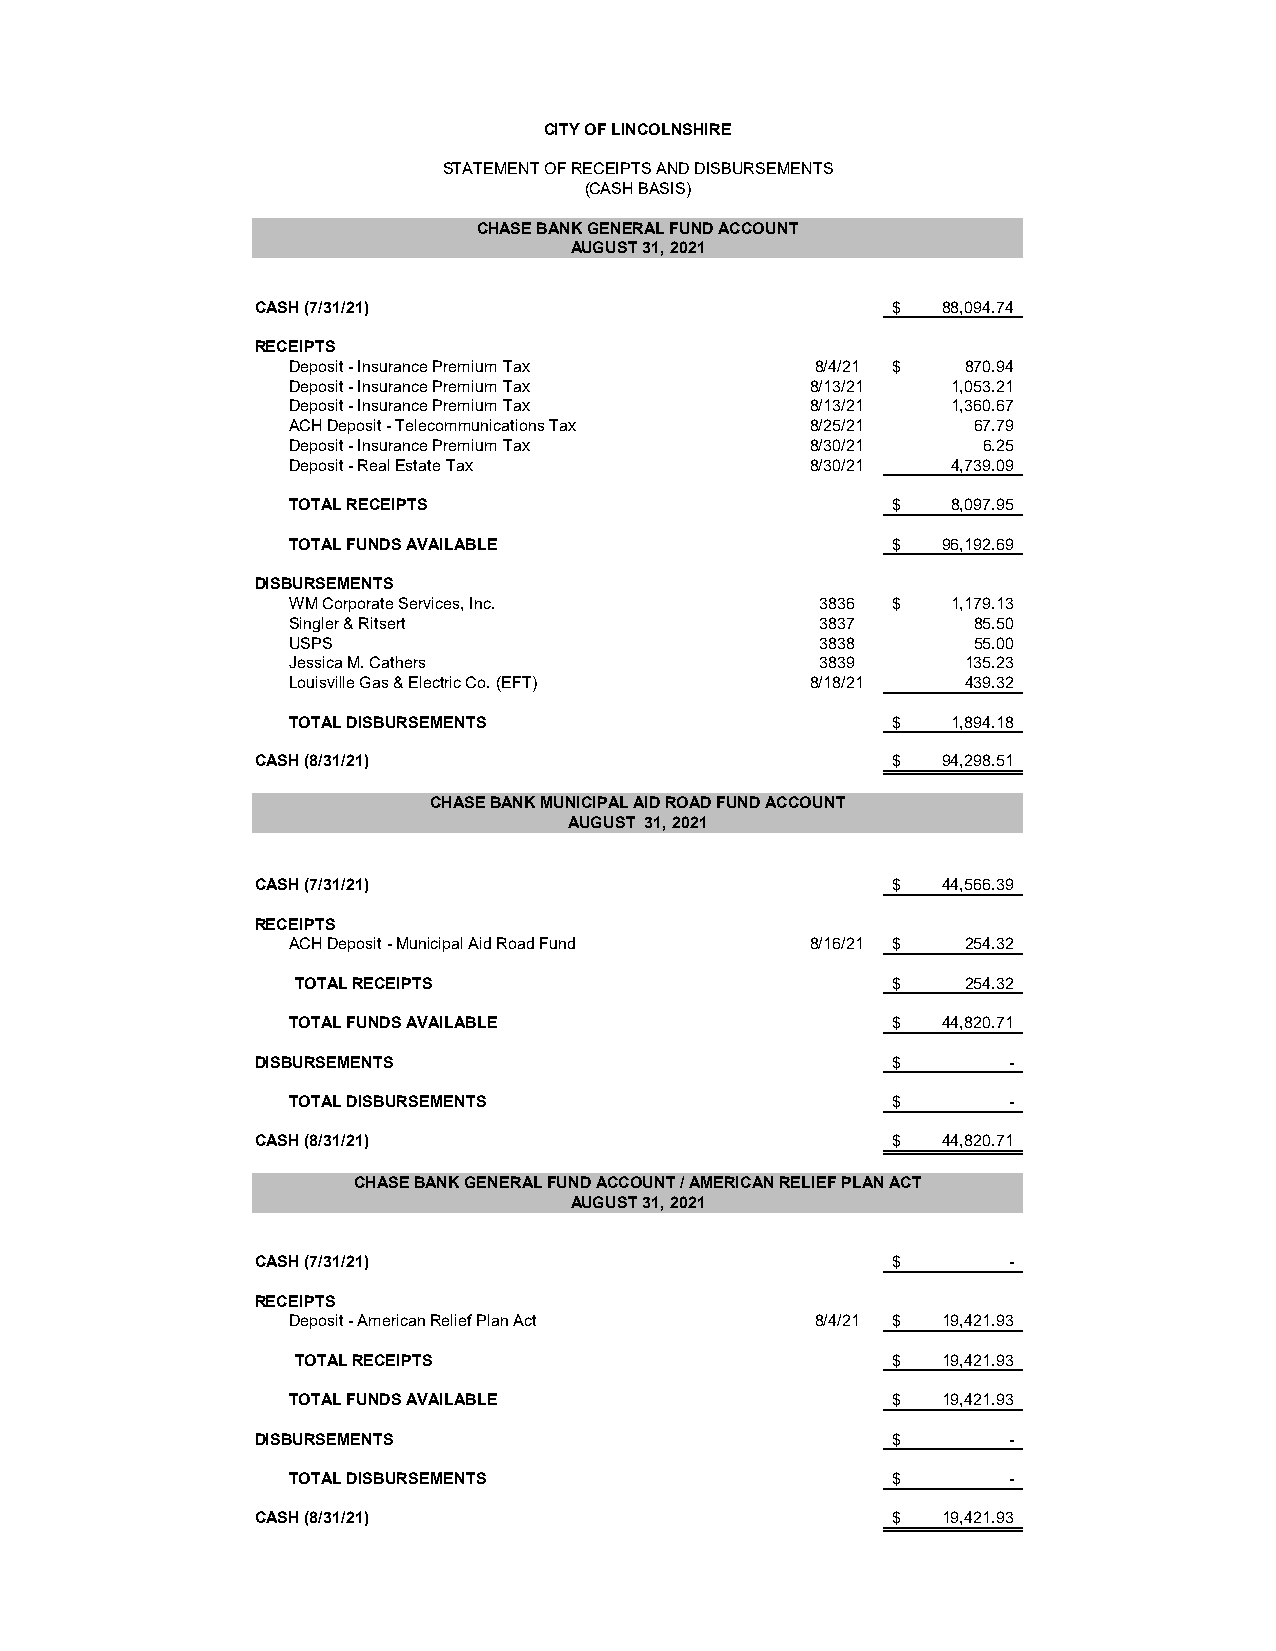
CITY OF LINCOLNSHIRE
 STATEMENT OF RECEIPTS AND DISBURSEMENTS
 (CASH BASIS)
 CHASE BANK GENERAL FUND ACCOUNT
 AUGUST 31, 2021
 CASH (7/31/21)                            $  88,094.74
 RECEIPTS
 Deposit - Insurance Premium Tax    8/4/21 $  870.94
 Deposit - Insurance Premium Tax    8/13/21  1,053.21
 Deposit - Insurance Premium Tax    8/13/21  1,360.67
 ACH Deposit - Telecommunications Tax 8/25/21 67.79
 Deposit - Insurance Premium Tax    8/30/21    6.25
 Deposit - Real Estate Tax          8/30/21  4,739.09
 TOTAL RECEIPTS                          $   8,097.95
 TOTAL FUNDS AVAILABLE                   $  96,192.69
 DISBURSEMENTS
 WM Corporate Services, Inc.        3836 $   1,179.13
 Singler & Ritsert                  3837      85.50
 USPS                               3838      55.00
 Jessica M. Cathers                 3839      135.23
 Louisville Gas & Electric Co. (EFT) 8/18/21  439.32
 TOTAL DISBURSEMENTS                     $   1,894.18
 CASH (8/31/21)                            $  94,298.51
 CHASE BANK MUNICIPAL AID ROAD FUND ACCOUNT
 AUGUST 31, 2021
 CASH (7/31/21)                            $  44,566.39
 RECEIPTS
 ACH Deposit - Municipal Aid Road Fund 8/16/21 $ 254.32
 TOTAL RECEIPTS                          $    254.32
 TOTAL FUNDS AVAILABLE                   $  44,820.71
 DISBURSEMENTS                             $       -
 TOTAL DISBURSEMENTS                     $       -
 CASH (8/31/21)                            $  44,820.71
 CHASE BANK GENERAL FUND ACCOUNT / AMERICAN RELIEF PLAN ACT
 AUGUST 31, 2021
 CASH (7/31/21)                            $       -
 RECEIPTS
 Deposit - American Relief Plan Act 8/4/21 $ 19,421.93
 TOTAL RECEIPTS                          $  19,421.93
 TOTAL FUNDS AVAILABLE                   $  19,421.93
 DISBURSEMENTS                             $       -
 TOTAL DISBURSEMENTS                     $       -
 CASH (8/31/21)                            $  19,421.93